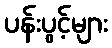
ပန်းပွင့်များ